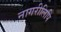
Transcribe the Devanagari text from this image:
नागरीलिपि